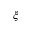
\xi